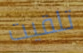
تلقيت